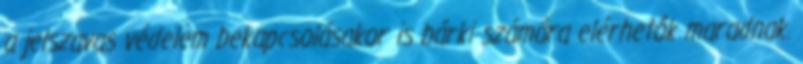
a jelszavas védelem bekapcsolásakor is bárki számára elérhetők maradnak.